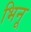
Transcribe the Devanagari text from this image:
भिनू